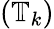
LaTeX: (\mathbb{T}_{k})